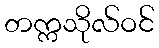
တက္ကသိုလ်ဝင်